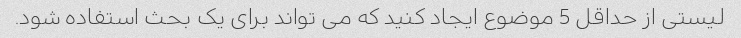
لیستی از حداقل 5 موضوع ایجاد کنید که می تواند برای یک بحث استفاده شود.